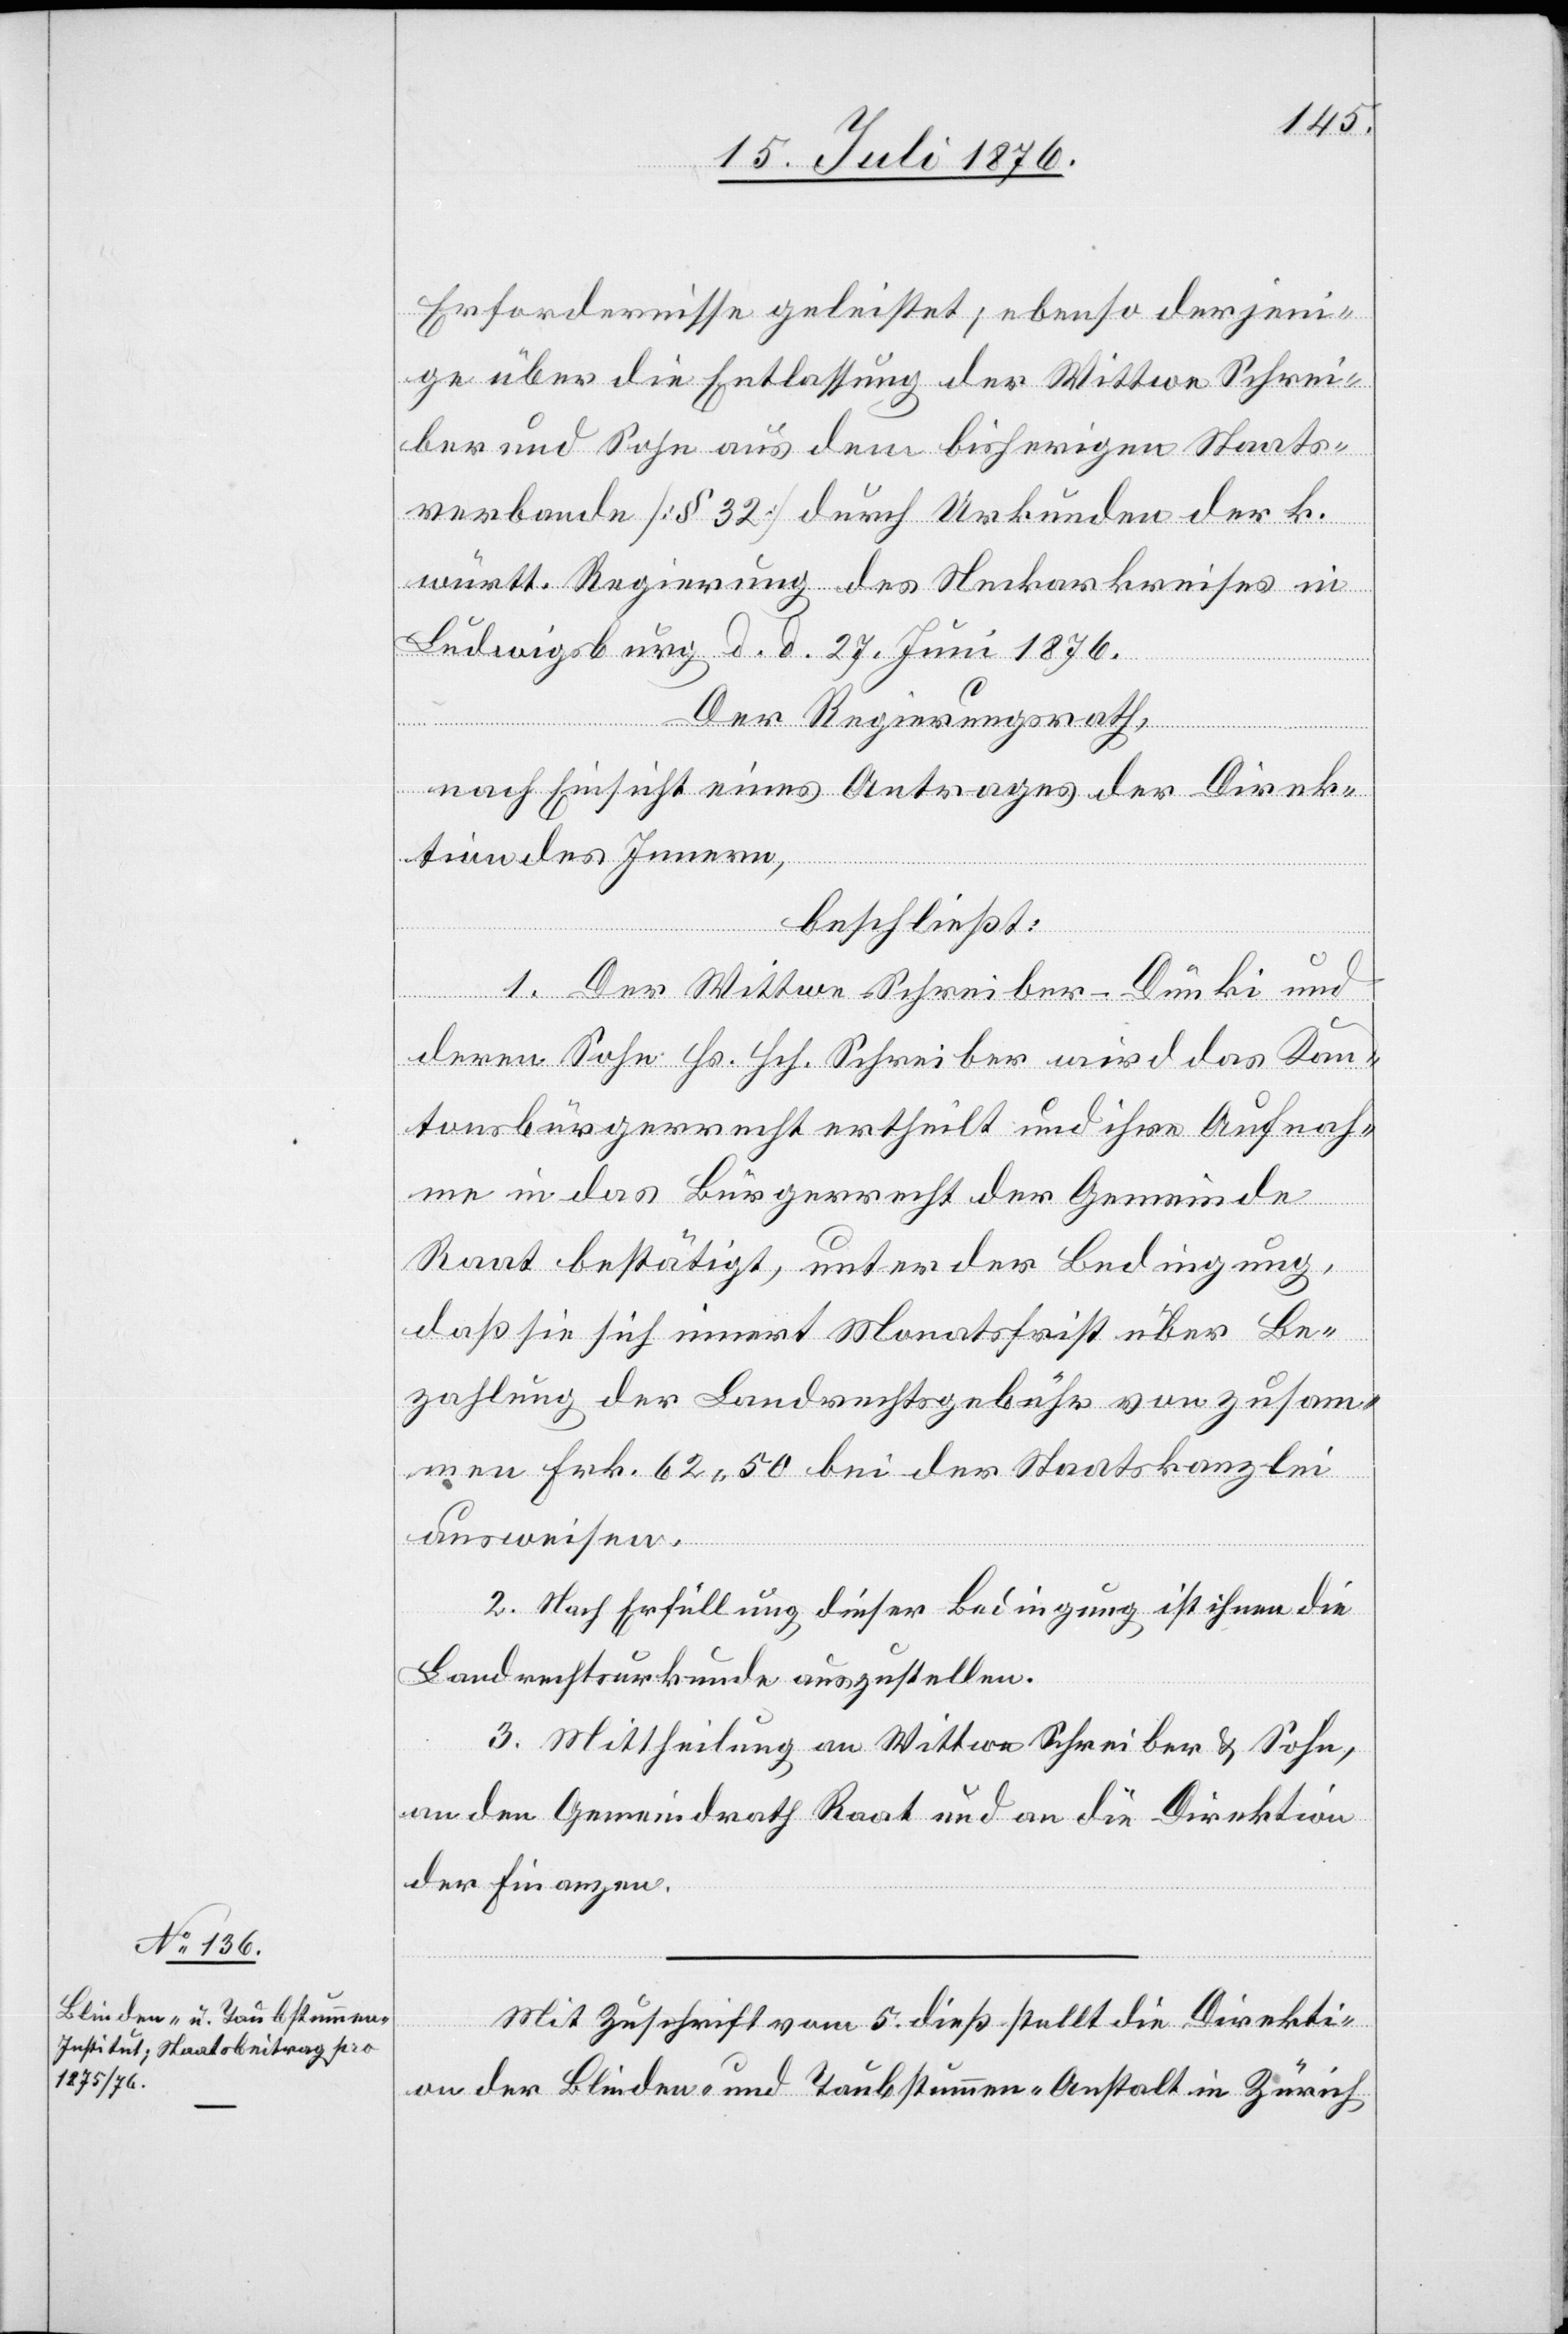
Mit Zuschrift vom 5. dies stellt die Direkti¬
on der Blinden- und Taubstummen-Anstalt in Zürich